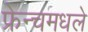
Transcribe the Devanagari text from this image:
फ्रेन्चमधले